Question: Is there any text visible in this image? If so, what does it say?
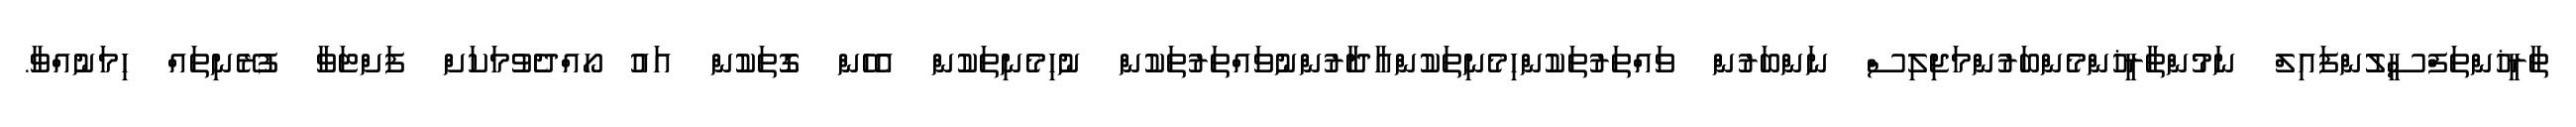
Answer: ތާރީޚުންތަފްސީލުންފައިލް ނަމުންތާރީޚުންމެންބަރުންމަޖިލިސް ނަންބަރުން ވައްތަރުތަކުންހިމެނިތަކުންއާދާރުންނުވައްތަރުތަކުން ނުހިމެނިތަކުން އެހެން ގޮތަކުން އައު ހޯއްދެވުމަކަށް ފަށްޓަވާ ފުރޭނިތައް ހިމަނުއްވާ.